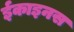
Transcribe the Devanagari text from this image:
ईकाइनस